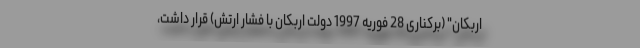
اربکان" (برکناری 28 فوریه 1997 دولت اربکان با فشار ارتش) قرار داشت،